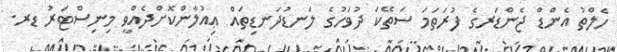
ހެލްތު އެންޑް ޖެންޑަރގެ ފުރަތަމަ ސަތޭކަ ދުވަހުގެ ލަނޑުދަނޑިތައް ޢިއުލާންކޮށްދެއްވީ މިނިސްޓަރު ޑރ.